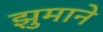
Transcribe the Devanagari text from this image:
झुमाने